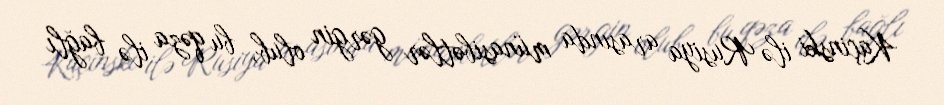
Kaçinski ilə Rusiya arasında münasibətlər gərgin olub, bu qəza ilə bağlı